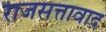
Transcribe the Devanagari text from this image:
राजसत्तावाद